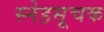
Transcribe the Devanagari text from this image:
स्नेहसूचक